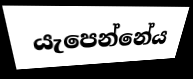
යැපෙන්නේය